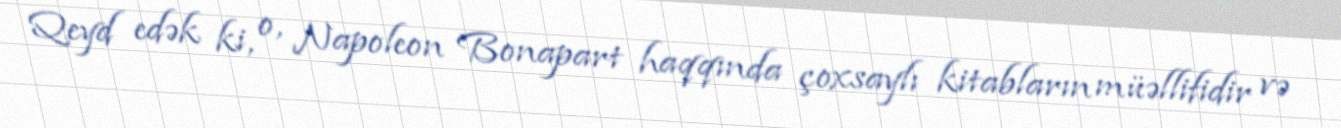
Qeyd edək ki, o, Napoleon Bonapart haqqında çoxsaylı kitabların müəllifidir və